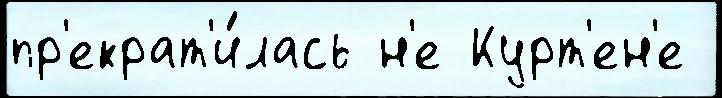
пр'екрат'и́лась н'е Курт'ен'е